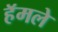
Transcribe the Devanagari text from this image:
हॅमले